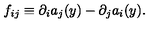
f _ { i j } \equiv \partial _ { i } a _ { j } ( y ) - \partial _ { j } a _ { i } ( y ) .